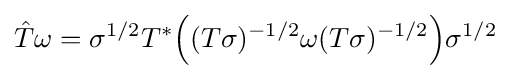
{\hat {T}}\omega =\sigma ^{1/2}T^{*}{\Bigl (}(T\sigma )^{-1/2}\omega (T\sigma )^{-1/2}{\Bigr )}\sigma ^{1/2}